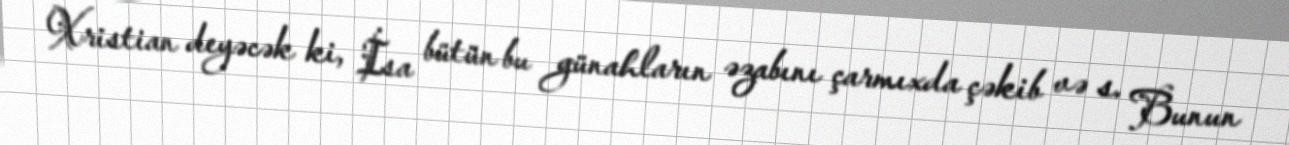
Xristian deyəcək ki, İsa bütün bu günahların əzabını çarmıxda çəkib və s. Bunun